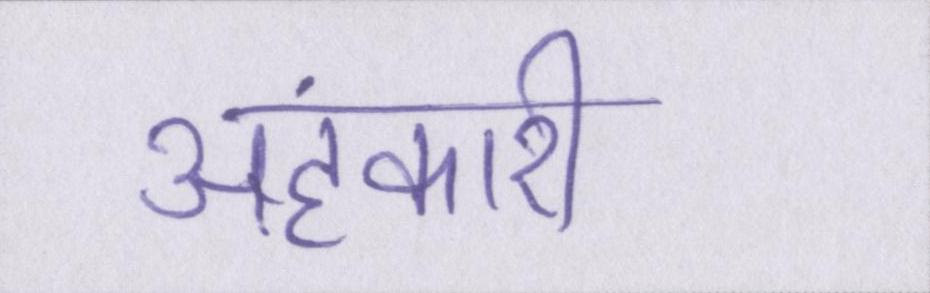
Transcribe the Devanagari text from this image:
अहंकारी